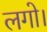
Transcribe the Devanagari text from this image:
लगो।